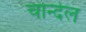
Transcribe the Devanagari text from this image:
चान्देल